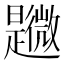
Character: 𣌎